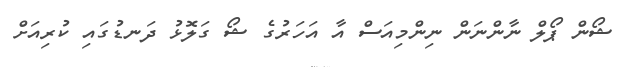
ޝޯން ޕޯލް ނާންނަން ނިންމިއަސް އާ އަހަރުގެ ޝޯ ގަލޮޅު ދަނޑުގައި ކުރިއަށް